Plague in India, 1896, 1897 - Volume 3
Year: 1896
Disease focus: Plague
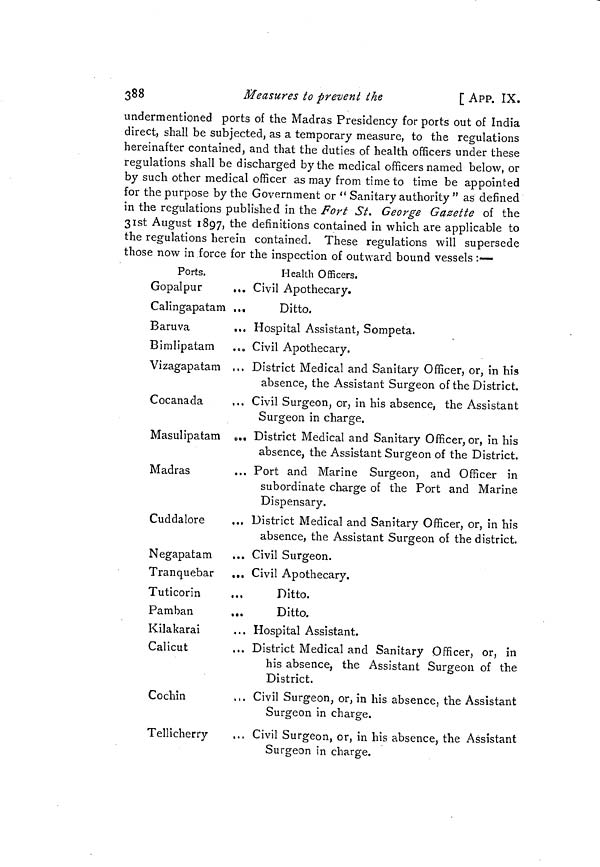
388
Measures to prevent the
[ APP. IX.
undermentioned ports of the Madras Presidency for ports out of India
direct, shall be subjected, as a temporary measure, to the regulations
hereinafter contained, and that the duties of health officers under these
regulations shall be discharged by the medical officers named below, or
by such other medical officer as may from time to time be appointed
for the purpose by the Government or " Sanitary authority " as defined
in the regulations published in the Fort St. George Gazette of the
3 1st August 1897, the definitions contained in which are applicable to
the regulations herein contained. These regulations will supersede
those now in force for the inspection of outward bound vessels :—
Ports.
Gopalpur
Calingapatam
Bar u va
Bimlipatam
Vizagapatam
Cocanada
Masulipatam
Madras
Cuddalore
Negapatam
Tranquebar
Tuticorin
Pamban
Kilakarai
Calicut
Cochin
Tellicherry
Health Officers.
,,. Civil Apothecary.
Ditto.
... Hospital Assistant, Sompeta.
... Civil Apothecary.
... District Medical and Sanitary Officer, or, in his
absence, the Assistant Surgeon of the District.
... Civil Surgeon, or, in his absence, the Assistant
Surgeon in charge.
... District Medical and Sanitary Officer, or, in his
absence, the Assistant Surgeon of the District.
... Port and Marine Surgeon, and Officer in
subordinate charge of the Port and Marine
Dispensary.
... District Medical and Sanitary Officer, or, in his
absence, the Assistant Surgeon oí the district.
... Civil Surgeon.
,., Civil Apothecary.
Ditto.
Ditto.
... Hospital Assistant.
... District Medical and Sanitary Officer, or, in
his absence, the Assistant Surgeon of the
District.
... Civil Surgeon, or, in his absence, the Assistant
Surgeon in charge.
... Civil Surgeon, or, in his absence, the Assistant
Surgeon in charge.